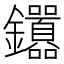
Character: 𬬤